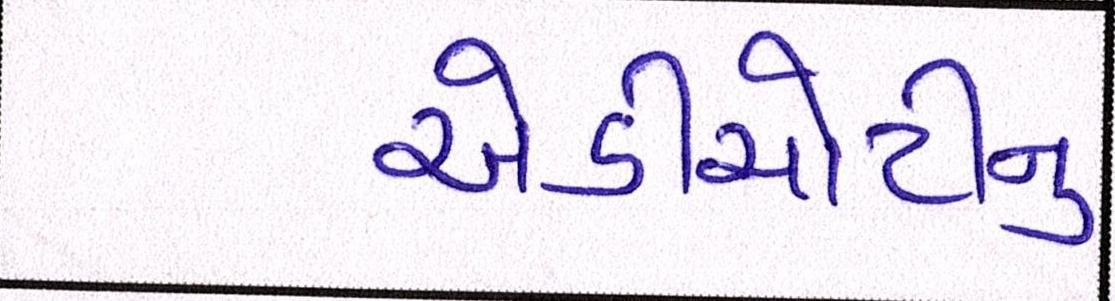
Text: એડીચોટીનું